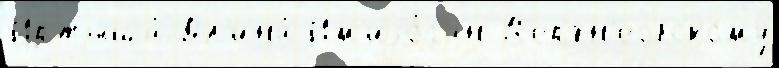
Иртыша́ Дл'ина́ Им'иjо́ган В'ерхн'еобскому